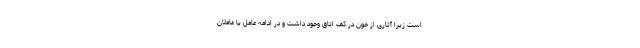
است زیرا آثاری از خون در کف اتاق وجود داشت و در ادامه عامل یا عاملان